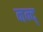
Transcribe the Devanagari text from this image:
नन्द्